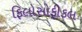
ફિલોસોફીકલ